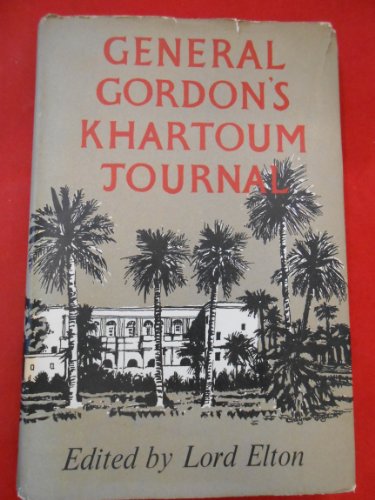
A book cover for General Gordon's Khartoum Journal; History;